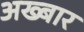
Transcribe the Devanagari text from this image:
अख्बार